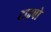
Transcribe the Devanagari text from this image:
टाइपो